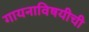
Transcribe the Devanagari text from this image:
गायनाविषयीची